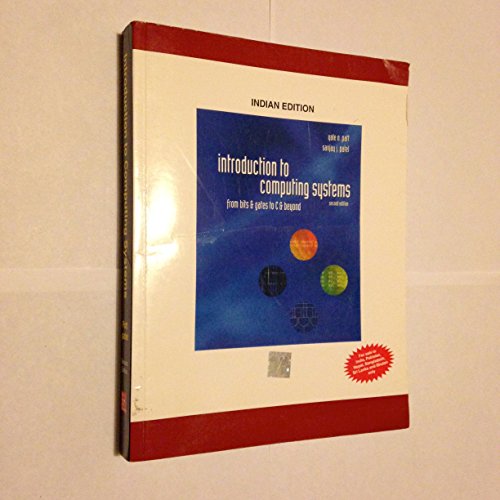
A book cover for Introduction to Computing Systems: From Bits and Gates to C and Beyond; Yale N. Patt; Computers & Technology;